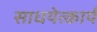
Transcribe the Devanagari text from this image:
साधयेत्कार्यं